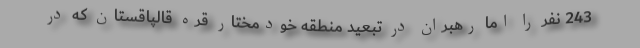
243 نفر را اما رهبران در تبعید منطقه خودمختار قره قالپاقستان که در